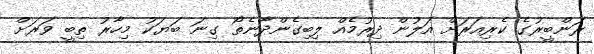
ރަންބީރުގެ ކެރިއަރަށް އަލުން ދިރުމެއް ލިބިގެންދާނެތޯ ގިނަ ބަޔަކު މިހާރު ތިބީ ވަރަށް